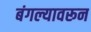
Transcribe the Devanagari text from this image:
बंगल्यावरून